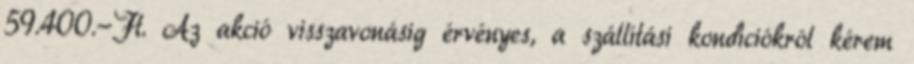
59.400.-Ft. Az akció visszavonásig érvényes, a szállítási kondíciókról kérem